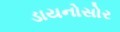
ડાયનોસોર